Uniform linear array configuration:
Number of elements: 4
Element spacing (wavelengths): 0.25
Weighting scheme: hamming
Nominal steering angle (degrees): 60
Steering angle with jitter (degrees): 60.695
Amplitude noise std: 0.05
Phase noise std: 0.05

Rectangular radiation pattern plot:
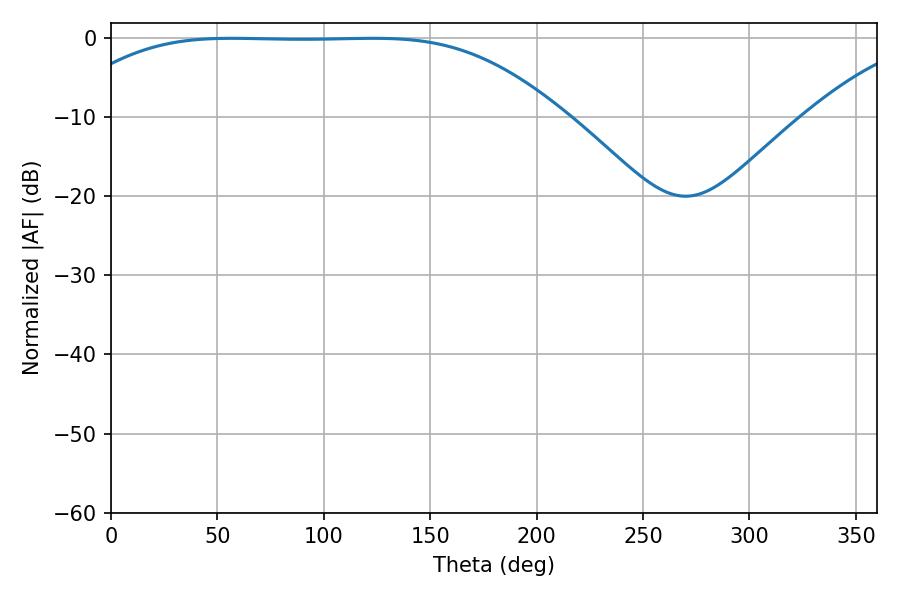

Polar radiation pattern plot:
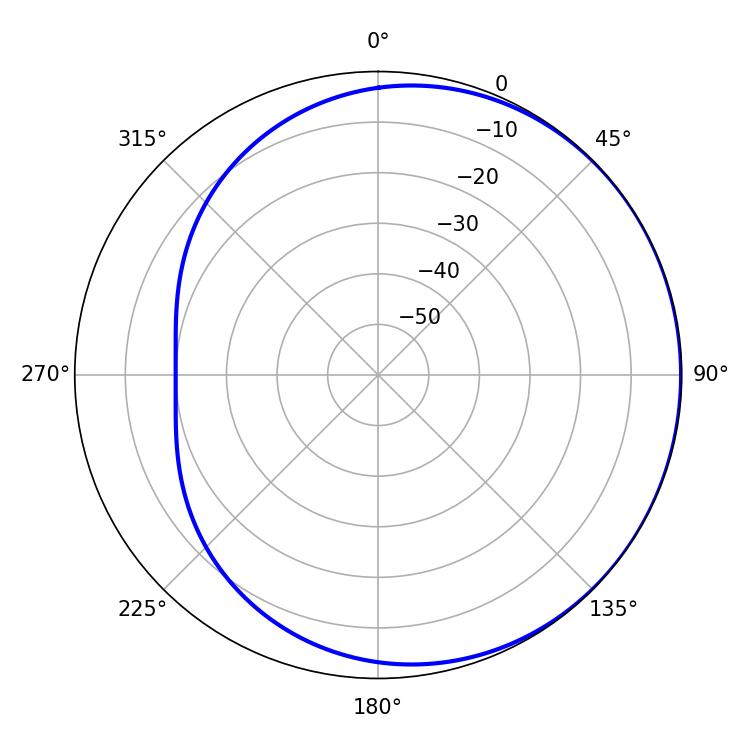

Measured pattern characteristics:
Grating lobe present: FALSE
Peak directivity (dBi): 0.5187
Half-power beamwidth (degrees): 176.76
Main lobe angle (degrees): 56.7